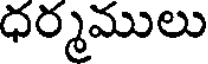
ధర్మములు